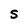
Character: S